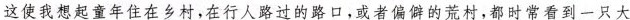
这使我想起童年住在乡村，在行人路过的路口，或者偏僻的荒村，都时常看到一只大